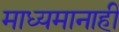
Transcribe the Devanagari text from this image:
माध्यमानाही